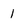
Character: 1